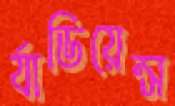
র‍্যাডিয়েন্স